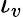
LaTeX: \iota_{v}